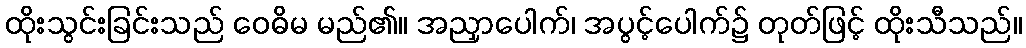
ထိုးသွင်းခြင်းသည် ဝေဓိမ မည်၏။ အညှာပေါက်၊ အပွင့်ပေါက်၌ တုတ်ဖြင့် ထိုးသီသည်။